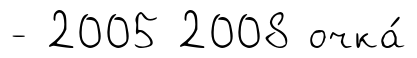
- 2005 2008 очка́